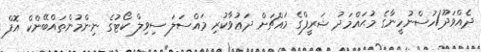
ދެއްވަދޫ/ހުސްނުހީނާގެ މުޙައްމަދު ޝަރީފްގެ މައްޗަށް ދަޢުވާކުރި މައްސަލަ ސިވިލް ކޯޓުގެ ނިންމުންތައްބޭންކް އޮފް